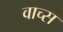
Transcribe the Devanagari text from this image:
वाच्स